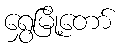
ရွှေမြို့တော်